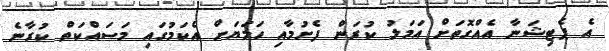
އެ ޕެޓިޝަނާ އެއްގޮތަށް އަމަލު ކުރަން ފެށުމާއި ހަމަޔަށް އެކަމުގައި މަސައްކަތް ކުރާނެ